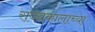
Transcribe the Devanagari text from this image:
राज्यकालाच्या